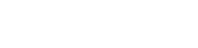
ဥပဒေကြမ်းကော်မတီ